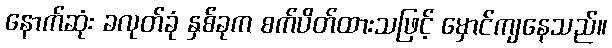
နောက်ဆုံး ခလုတ်ခုံ နှစ်ခုက စက်ပိတ်ထားသဖြင့် မှောင်ကျနေသည်။